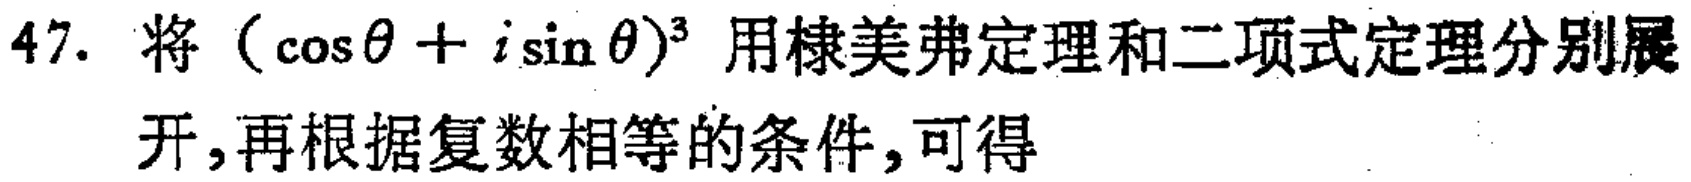
47. 将\((\cos\theta + i\sin\theta)^3\)用棣美弗定理和二项式定理分别展开,再根据复数相等的条件,可得